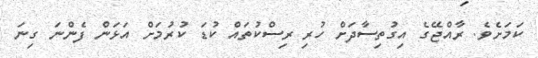
ކަމަށެވެ. ރާއްޖޭގެ އިގުތިސާދަށް ހުރި ރިސްކުތައް ކުޑަ ކުރުމަށް އަޅަން ފެންނަ ގިނަ